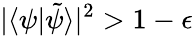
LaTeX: |\langle\psi|\tilde{\psi}\rangle|^{2}>1-\epsilon